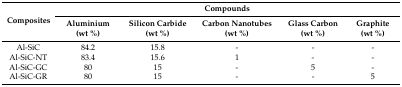
| <ROWSPAN=2> Composites | <COLSPAN=5> Compounds |
 | Aluminium (wt %) | Silicon Carbide (wt %) | Carbon Nanotubes (wt %) | Glass Carbon (wt %) | Graphite (wt %) |
 | --- | --- | --- | --- | --- | --- |
 | Al-SiC | 84.2 | 15.8 | - | - | - |
 | Al-SiC-NT | 83.4 | 15.6 | 1 | - | - |
 | Al-SiC-GC | 80 | 15 | - | 5 | - |
 | Al-SiC-GR | 80 | 15 | - | - | 5 |